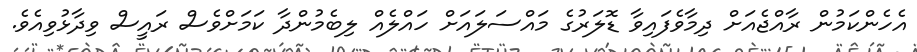
އެހެންކަމުން ރާއްޖެއަށް ދިމާވެފައިވާ ޑޮލަރުގެ މައްސަލައަށް ހައްލެއް ލިބެމުންދާ ކަމަށްވެސް ރައީސް ވިދާޅުވިއެވެ.